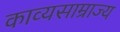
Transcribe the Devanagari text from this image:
काव्यसाम्राज्य